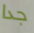
جدا